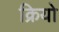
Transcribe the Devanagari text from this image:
क्रियो